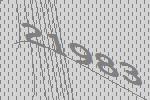
21983